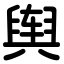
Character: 舆